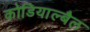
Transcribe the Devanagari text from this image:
कोडियाल्बैल